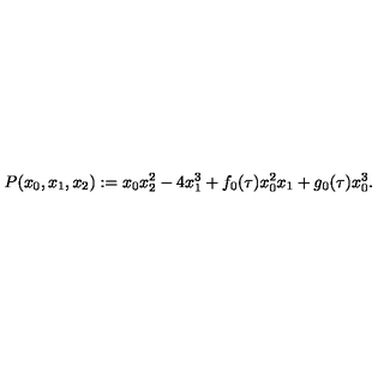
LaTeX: P ( x _ { 0 } , x _ { 1 } , x _ { 2 } ) : = x _ { 0 } x _ { 2 } ^ { 2 } - 4 x _ { 1 } ^ { 3 } + f _ { 0 } ( \tau ) x _ { 0 } ^ { 2 } x _ { 1 } + g _ { 0 } ( \tau ) x _ { 0 } ^ { 3 } .